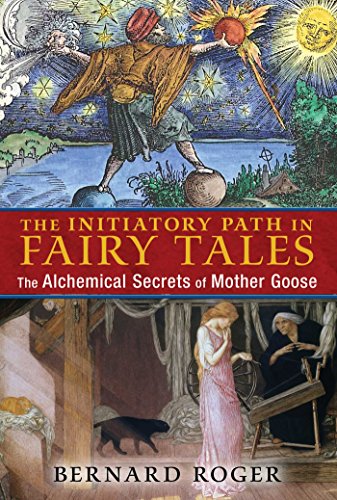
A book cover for The Initiatory Path in Fairy Tales: The Alchemical Secrets of Mother Goose; Bernard Roger; Religion & Spirituality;